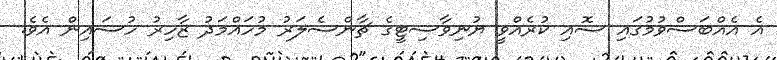
އެ އެއްބަސްވުމުގައި ސޮއި ކުރެއްވީ ޔުނިވާސިޓީގެ ޗާންސެލަރު މުހައްމަދު ޒާހިރު ހުސައިން އެވެ.